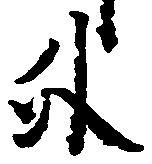
外